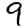
Digit: 9